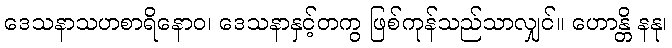
ဒေသနာသဟစာရိနောဝ၊ ဒေသနာနှင့်တကွ ဖြစ်ကုန်သည်သာလျှင်။ ဟောန္တိ နနု၊